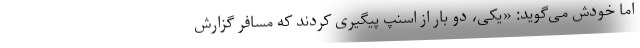
اما خودش می‌گوید: «یکی، دو بار از اسنپ پیگیری کردند که مسافر گزارش